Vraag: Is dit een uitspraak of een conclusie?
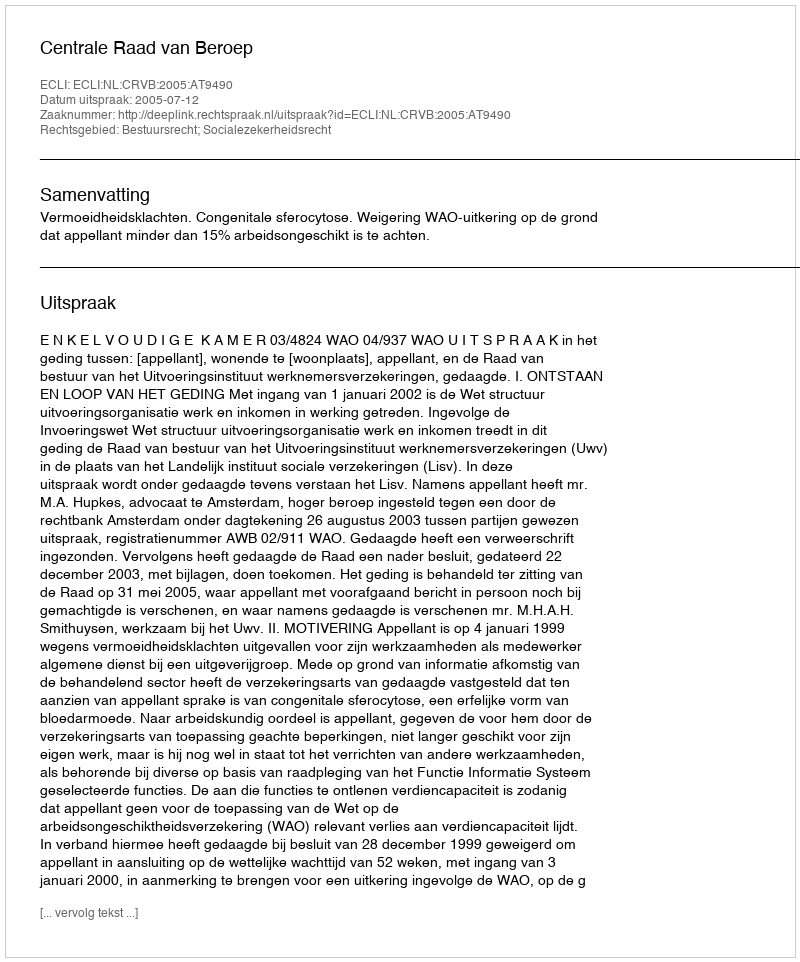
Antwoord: Uitspraak